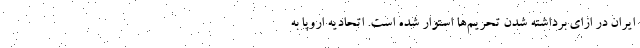
ایران در ازای برداشته شدن تحریم‌ها استوار شده است. اتحادیه اروپا به